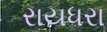
રાયધરા